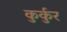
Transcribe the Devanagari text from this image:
कुर्कुर